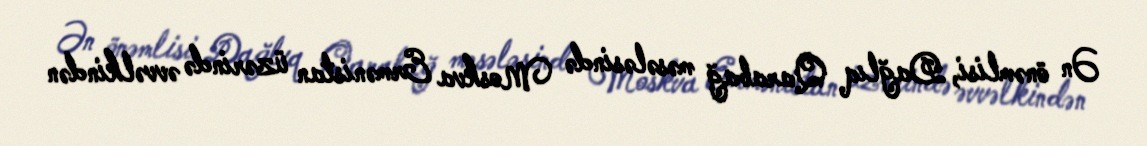
Ən önəmlisi, Dağlıq Qarabağ məsələsində Moskva Ermənistan üzərində əvvəlkindən